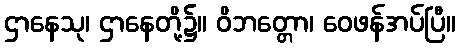
ဌာနေသု၊ ဌာနေတို့၌။ ဝိဘတ္တော၊ ဝေဖန်အပ်ပြီ။